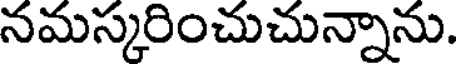
నమస్కరించుచున్నాను.